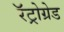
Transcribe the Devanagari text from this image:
रॅट्रोग्रेड